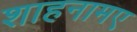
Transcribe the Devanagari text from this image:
शाहनामए